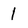
Character: 1